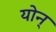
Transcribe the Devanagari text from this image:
योन्